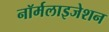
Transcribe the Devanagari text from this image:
नॉर्मलाइजेशन